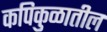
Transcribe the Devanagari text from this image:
कपिकुळातील